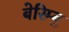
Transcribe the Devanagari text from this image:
बेरिम्बु